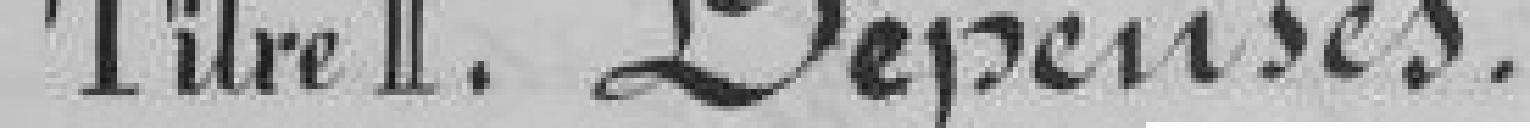
Titre II. Dépenses.